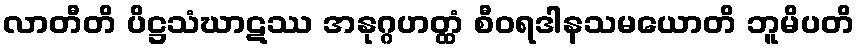
လာတီတိ ပိဋ္ဌသံဃာဋဿ အနုဂ္ဂဟတ္ထံ စီဝရဒါနသမယောတိ ဘူမိပတိ